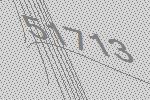
51713